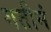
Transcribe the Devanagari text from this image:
गतीनं